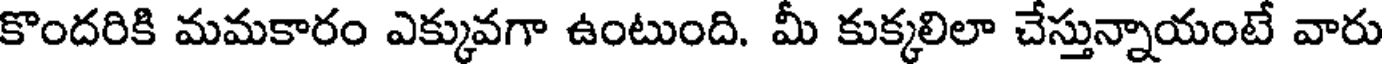
కొందరికి మమకారం ఎక్కువగా ఉంటుంది. మీ కుక్కలిలా చేస్తున్నాయంటే వారు